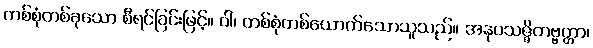
တစ်စုံတစ်ခုသော စီရင်ခြင်းဖြင့်။ ဝါ၊ တစ်စုံတစ်ယောက်သောသူသည်။ အနုပသဇ္ဇိတဗ္ဗတ္တာ၊